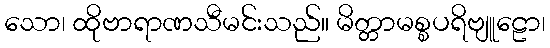
သော၊ ထိုဗာရာဏသီမင်းသည်။ မိတ္တာမစ္စပရိဗျူဠော၊